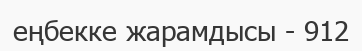
еңбекке жарамдысы - 912